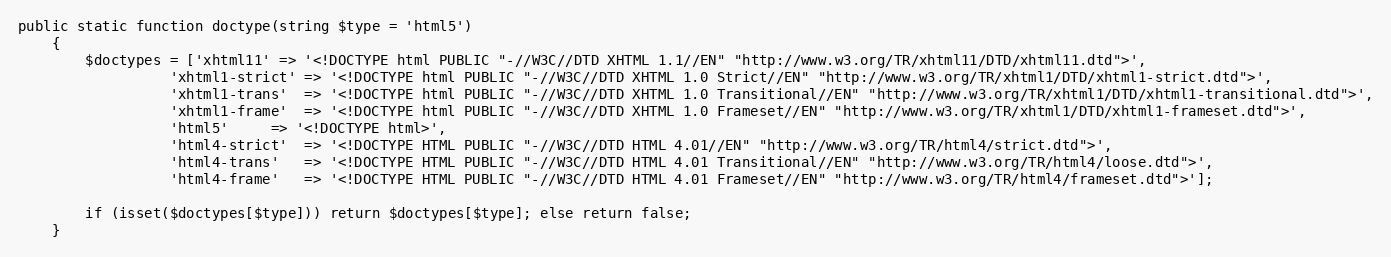
Language: PHP
public static function doctype(string $type = 'html5')
    {
        $doctypes = ['xhtml11' => '<!DOCTYPE html PUBLIC "-//W3C//DTD XHTML 1.1//EN" "http://www.w3.org/TR/xhtml11/DTD/xhtml11.dtd">',
                  'xhtml1-strict' => '<!DOCTYPE html PUBLIC "-//W3C//DTD XHTML 1.0 Strict//EN" "http://www.w3.org/TR/xhtml1/DTD/xhtml1-strict.dtd">',
                  'xhtml1-trans'  => '<!DOCTYPE html PUBLIC "-//W3C//DTD XHTML 1.0 Transitional//EN" "http://www.w3.org/TR/xhtml1/DTD/xhtml1-transitional.dtd">',
                  'xhtml1-frame'  => '<!DOCTYPE html PUBLIC "-//W3C//DTD XHTML 1.0 Frameset//EN" "http://www.w3.org/TR/xhtml1/DTD/xhtml1-frameset.dtd">',
                  'html5'	  => '<!DOCTYPE html>',
                  'html4-strict'  => '<!DOCTYPE HTML PUBLIC "-//W3C//DTD HTML 4.01//EN" "http://www.w3.org/TR/html4/strict.dtd">',
                  'html4-trans'	  => '<!DOCTYPE HTML PUBLIC "-//W3C//DTD HTML 4.01 Transitional//EN" "http://www.w3.org/TR/html4/loose.dtd">',
                  'html4-frame'	  => '<!DOCTYPE HTML PUBLIC "-//W3C//DTD HTML 4.01 Frameset//EN" "http://www.w3.org/TR/html4/frameset.dtd">'];

        if (isset($doctypes[$type])) return $doctypes[$type]; else return false;
    }